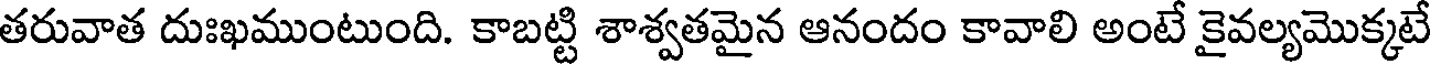
తరువాత దుఃఖముంటుంది. కాబట్టి శాశ్వతమైన ఆనందం కావాలి అంటే కైవల్యమొక్కటే